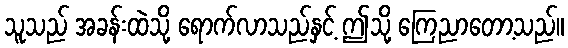
သူသည် အခန်းထဲသို့ ရောက်လာသည်နှင့် ဤသို့ ကြေညာတော့သည်။